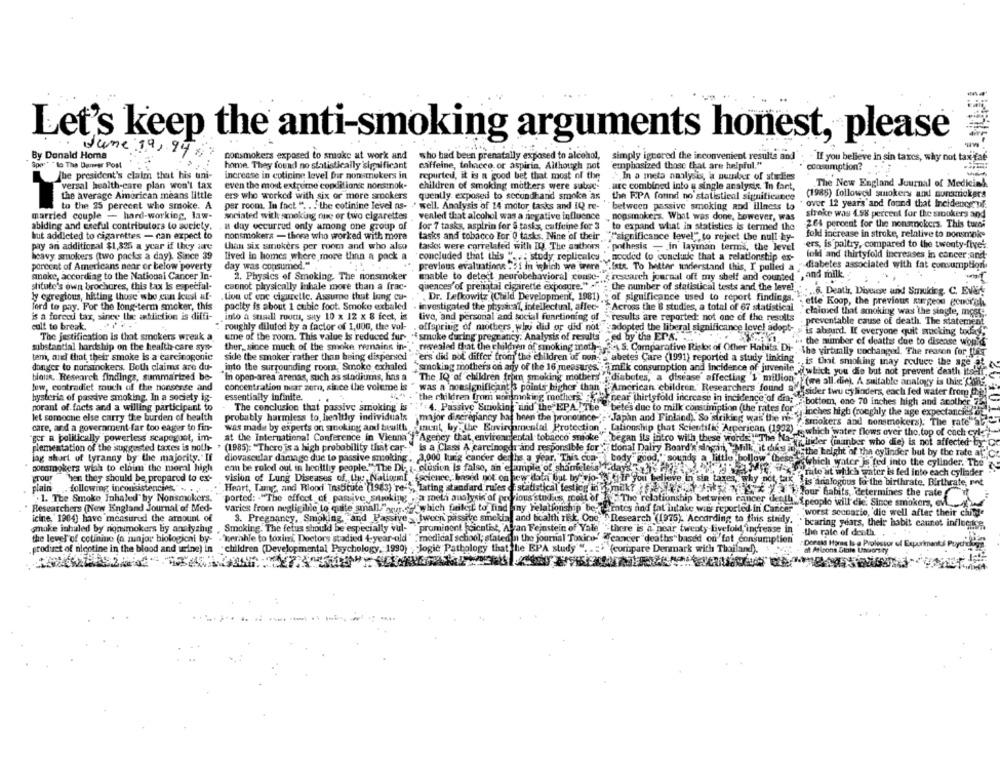
Let's keep the anti-smoking arguments honest, please
June 19,94
By Donald Homa
nonsmokers exposed to smoke at work and
who had been prenatally exposed to alcohol,
simply ignored the inconvenient results and
-If you believe in sin taxcs, why not tax faé
Spot * to The Damer Post
home. They found no statistically 'significant
caffeine, tobacco or aspirin, Although not
emphasized those that are helpful."
consumption?
The president's claim that his uni-
increase in cotinine level for nonsmokers in
repurted, it is a good bet that most of the
In a meta analysis, a number of studies
The New England Journal of Medicial
versal health-care plan won't tax
even the most extrurne conditionde nonsmok-
children of smoking mothers were subog
are combined into a single analyse In fart,
the average American means little
ers who worked with six or more smokers
quently. exposed to secondhand smoke as
the RPA found no statistical significance
(1985) followed smokers and oursmokers
to the 25 percent who smoke. A
per room. In fact " .. . the cotinine level as- " well. Analysis of 14 motor tasks and IQ re-
between passive smoking and illness to
over 12 years and found that Ineidencycul
stroke was 4.98 percent for the sroukers and
married couple - hard-working, law-
sociated with smoking one or two cigarettes ,venled that alcohol was a negative influence
. nonsmokers. What was done, however, was
abiding and creful contributors to society.
a day occurrud only among one group of
for 7 tasks, aspirin for & tasks, caffeine for 3
to expand what in statistics is termed the
264 percent for the nonsmokers. This turns
but addicted to cigarettes - can expect to
nonsmokers - those who worked with more
tasks and tobacco For 0 tasks. Nine of their significance level"", to reject the null hy-
fokl increase in stroke, relative to ponsmoke
ers, is paltry, compared to the twenty-five'
pay an additional $1,325 a year if they are
than six smokers per room and who also
tasks were correlated with DO The authors . pothesis -- in layman terms, the level
heavy smokers (two packs a day). Since 39
lived in homes where more than a pack a
"concluded that this ". .. study replicales needed to conclude that a relationship ex-
fold and thirtyfold increases in cancer and-
porcent of Americans near or below poverty
day was consumed."
previous evaluations : 51 in ighich we were ... iste. To better understand this, I pulled a
diabetes associated with fat consumption
c. S research journal off my shelf and counted , and milk ..
anake, according to the National Cancer In-
2. Physics of Smoking. The nonsmoker
Enable to detect neurobehavioral conse-
stitute's own brochures, this tax Is especial-
caonot physically inhale more than a frac-
quences'of prenatal cigarette exposure." "; the number of statistical tests and the level
ly egregious, hitting those who cun Just al-
tive of coc ciguretic, Assume that long cu-
Dr. Lefkowitz (Child Development, 1981) ; of significance used to report findings.
6. Death, Diverse and Smuking, C. EVEN
ette Koop, the previous surgeon goodroh
ford to pay. For the long-term smoker, this
pacity is about 1 cubic foot. Smoke exbaled
investigated the physical, intellectual, affec- : Across the 8 studies, a total of 67 statistical
claimed that smoking was the single, most.
is a forecd tax, since the addiction is diffi-
into a suadi room, say 10 x 12 x 8 feet, is
live, and personal and social functioning of _results are reported: not one of the results
cult to break.
roughly diluted by a factor of 1,000, the vol-
prevenfable cause of death. The statement
offspring of mothers who did or did not adopted the liberal significance level adopt- > is absurd. If everyone quit smoking today,
The justification Is that smokers wreak a
eme of the room. This value Is reduced fur- . smoke during pregrancy. Analysis of results ed by the EPA.
.. the number of deathss due to disease would
substantial hardship on the health-care sys-
ther, since much of the smoke remains in-"
tem, and that their smoke is a carcinogonic
revealed that the children of smoking moth- . S. Comparative Risks of Other Habits Di ,The virtually cochanged. The reason for JLer
donger to nonsmokers. Both claims are du-
side the smoker rather than being dispersed """ers did not differ from the children of non-a abetes Care (1991) reported a study linking .is that smoking inay reduce the are af
into the surrounding room, Smoke exhaled "smoking mothers on any of the 16 measures, milk consumption and incidence of juvenile @ which you die but not prevent death its-li.
blouse. Research findings, summarized be-
low, contradict much of the nonsense and
"In open-area arenas, such as stadiums, has a The IQ of children from smoking mothers diabetes, a disease affecting 1 million, (we all. din). A suitable analogy is this Conz.
concentration nuar zer, since the volume is " was a 'noasignificant3 points higher than ""American children." Researchers found a
sider twu cylinders, each fed water from the!
hysteria of passive smoking. In a society ig-
essentially infinite.
"the children from wonsmoking mothers" """", cear thirtyfold increase in incidence of Gis: " bottom, one 70 inches high and another
porant of facts and a willing participant to
The conclusion that passive smoking is
"4. Passive Smoking and the EPA " The . betes due to milk consumption (the rates for"
egy inches high (roughly the age expectandie's DE
let someone else carry the burden of health
probably harmless to, healthy individuals
"major discrepancy had been the pronounce-"+"Japan and Finland). So striking wai' the no
care, and a government-far too eager to fin-
"smokers and nonsmokers). The rate"at
was made by experts on smoking and balth munt, by the Environmental Protection . Tationship that Scientific Arperican (1992)
which water flows over the top of cach cyl-
ger a politically powerless scapegoat, im-
at the international Conference, in Vienna"
plementation of the suggested taxes is noth- > (1985): "There is a high probability that car-"
"Agency that environmental tobacco smoke" "began ils intro with these words " The Na-finder (manber who die) is not affected by
jag short of tyranny by the majority." It
diovascular damage due to passive smoking, 3,000 lung cancer desthe a year. This cua-
Is a Class A carcinogdr and responsible for '' tional Dairy Board's singin, Milk, it ches megthe height of the cylinder but by the rate at
body" good," sounds a little hollow these
LaMy which water js ted into the cylinder. The
ponsmokers wish to claim the moral high
can be ruled out in healthy people." The Di- . clusion is false, an etample of shameless
day's
rute at which water is fed into each cylinder
Frour
hen they should be prepared to ex-
plain
following inconsistencies."
vision of Lung Diseases of the Naliouf {science, based pot on new dain but by vio- If you believe in sin taxes, why not fax Lis analogous forthe birthrate, Birthrate, ont
Heart, Tamy, and Blood" Institute (1983) re-", Lating standard rules distatistical testingfinomak? . Jou habits, determines the rate
. 1. The Smoke Inhaled" by Nonsmokers.
ported: . "The effect of passive smoking . a meti analysis of pro ious stadius molt of - The relationship between cancer deelh &people will die. Since smokers, ev
Researchers (New England Journal of Med-
varies from negligible to quite small"ur. " which filet to find any relationship be- rates and fat intake was reported in Cancer
icine, 1984) have measured the amount of
3. Pregnancy, Smoking, and Passive "woon passive smoking and health risk. One >Research (1975). According to this stridy.
. "worst secoario, 'die well after their chine
`bearing years, their habit cannet influence,
smoke inhaled by nonsmokers by analyzhig
Smoking. The fetus should be especially vul- prumioont kcicatint, Alcan Feinstein of Vale " there is a near twenty fivefold, increase in
-the rate of death
the level of cotinino (a major biological by- . "werable to toxi Doctors stadied 4-year-old " " medical school; statedin the journal Toxico-"""cancer deaths"based on'fat consumption'
product of nicotine in the blood and wine) in children (Developmental Psychology, 1990) ."Jogie Pathology that the EPA study"
(compare Denmark with Thailand).
:Deraad Horas Is e Prolesvor uf Expurimants Prychdigt
at Arizona Dionis Used